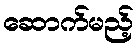
ဆောက်မည့်